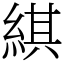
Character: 綨